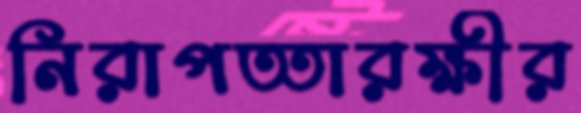
নিরাপত্তারক্ষীর